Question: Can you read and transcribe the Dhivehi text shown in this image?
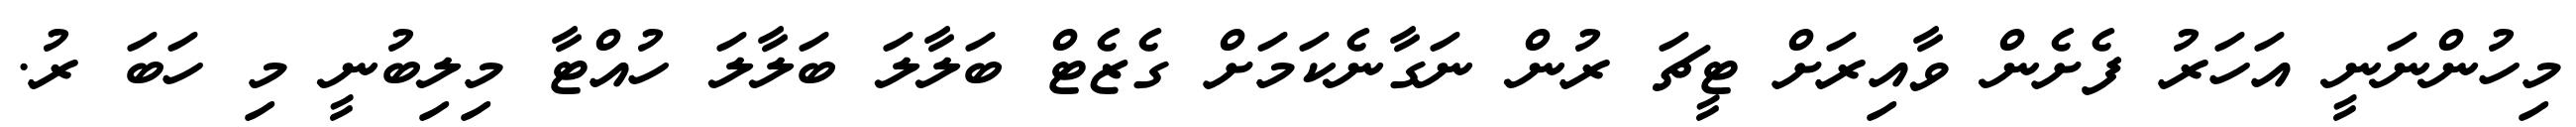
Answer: މިހުންނަނީ އަހަރު ފެށެން ވާއިރަށް ޓީޗަ ރުން ނަގާނެކަމަށް ގެޒެޓް ބަލާލަ ބަލާލަ ހުއްޓާ މިލިބުނީ މި ހަބަ ރު.